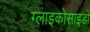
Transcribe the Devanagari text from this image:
ग्लाइकोसाइडों